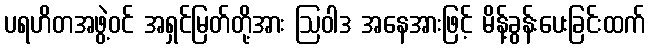
ပရဟိတအဖွဲ့ဝင် အရှင်မြတ်တို့အား ဩဝါဒ အနေအားဖြင့် မိန့်ခွန်းပေးခြင်းထက်